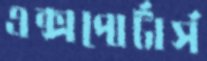
এক্সপোর্টার্স